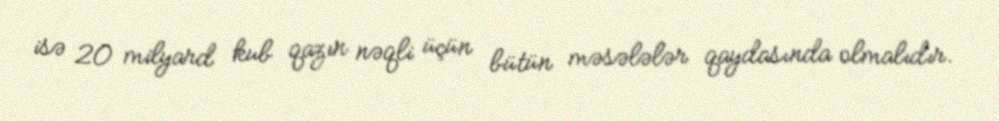
isə 20 milyard kub qazın nəqli üçün bütün məsələlər qaydasında olmalıdır.